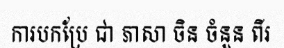
ការបកប្រែ ជា ភាសា ចិន ចំនួន ពីរ